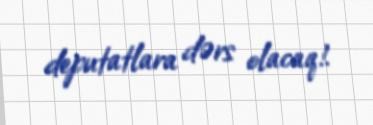
deputatlara dərs olacaq!.